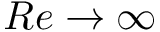
R e \rightarrow \infty